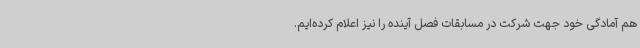
هم آمادگی خود جهت شرکت در مسابقات فصل آینده را نیز اعلام کرده‌ایم.